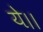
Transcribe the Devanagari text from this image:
ये।।